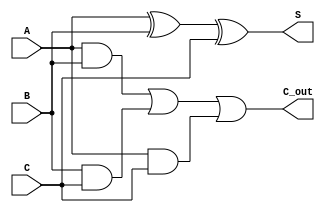
module CSA (
    input [31:0] A,  // First input
    input [31:0] B,  // Second input
    input [31:0] C,  // Third input
    output [31:0] S, // Sum output
    output [31:0] C_out // Carry output
);
    assign S = A ^ B ^ C; // Sum calculation
    assign C_out = (A & B) | (B & C) | (A & C); // Carry calculation
endmodule